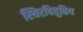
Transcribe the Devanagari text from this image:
स्थिरविद्युतिय